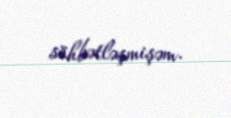
söhbətləşmişəm.